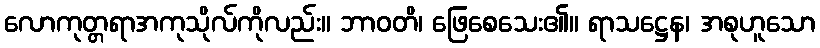
လောကုတ္တရာအကုသိုလ်ကိုလည်း။ ဘာဝတိ၊ ဖြေစေသေး၏။ ရာသဋ္ဌေန၊ အစုဟူသော